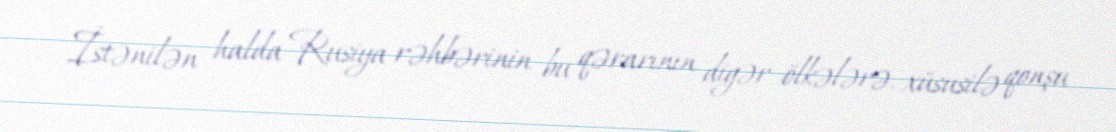
İstənilən halda Rusiya rəhbərinin bu qərarının digər ölkələrə, xüsusilə qonşu